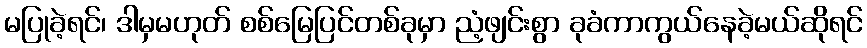
မပြုခဲ့ရင်၊ ဒါမှမဟုတ် စစ်မြေပြင်တစ်ခုမှာ ညံ့ဖျင်းစွာ ခုခံကာကွယ်နေခဲ့မယ်ဆိုရင်